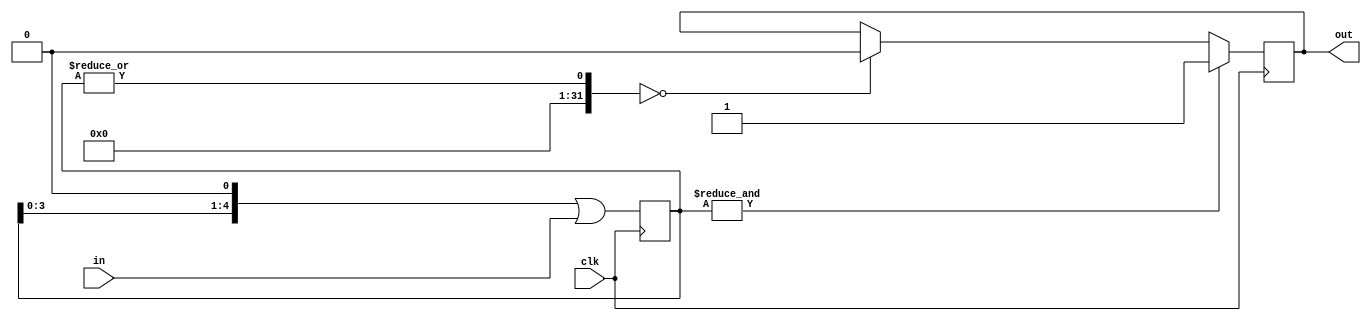
module glitch_filter(in, out, clk);
	parameter filter_cycles = 5;

	input in, clk;
	output reg out;

	reg [filter_cycles - 1 : 0] filter;

	initial begin 
		filter = 0;
		out = 0;
	end 

	always @(posedge clk) begin 
		filter <= (filter << 1) | in;
		if((& filter) == 1) out <= 1;
		else if((| filter) == 0) out <= 0;
	end

	
endmodule